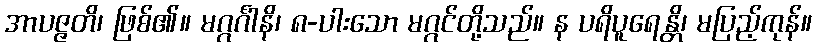
အာပဇ္ဇတိ၊ ဖြစ်၏။ မဂ္ဂင်္ဂါနိ၊ ၈-ပါးသော မဂ္ဂင်တို့သည်။ န ပရိပူရေန္တိ၊ မပြည့်ကုန်။